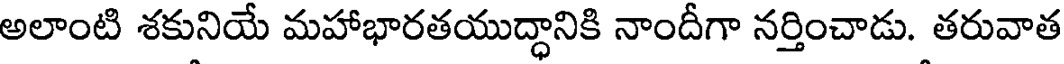
అలాంటి శకునియే మహాభారతయుద్ధానికి నాందీగా నర్తించాడు. తరువాత